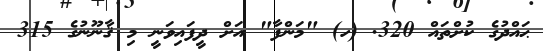
ޙައްދުގެ ކުށްތައް 320. (ހ) "މަންފާ" އަށް ދީފައިވަނީ މި ޤާނޫނުގެ 315